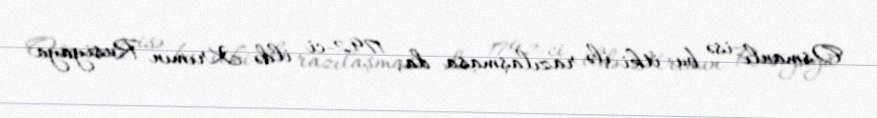
Osmanlı isə bu itki ilə razılaşmasa da, 1792-ci ildə Krımın Rusiyaya